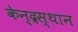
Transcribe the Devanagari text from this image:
केन्द्रस्थान